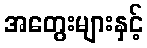
အတွေးများနှင့်